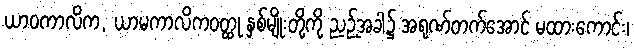
ယာဝကာလိက, ယာမကာလိကဝတ္ထု နှစ်မျိုးတို့ကို ညဉ့်အခါ၌ အရုဏ်တက်အောင် မထားကောင်း၊